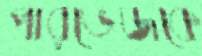
পারভেজকে